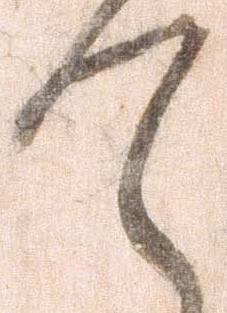
て